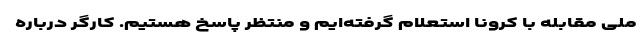
ملی مقابله با کرونا استعلام گرفته‌ایم و منتظر پاسخ هستیم. کارگر درباره